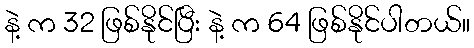
နဲ့ က 32 ဖြစ်နိုင်ပြီး နဲ့ က 64 ဖြစ်နိုင်ပါတယ်။